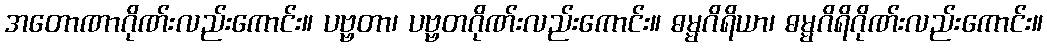
အတောဏာဂိုဏ်းလည်းကောင်း။ ပဗ္ဗတာ၊ ပဗ္ဗတဂိုဏ်းလည်းကောင်း။ ဓမ္မဂိရိယာ၊ ဓမ္မဂိရိဂိုဏ်းလည်းကောင်း။